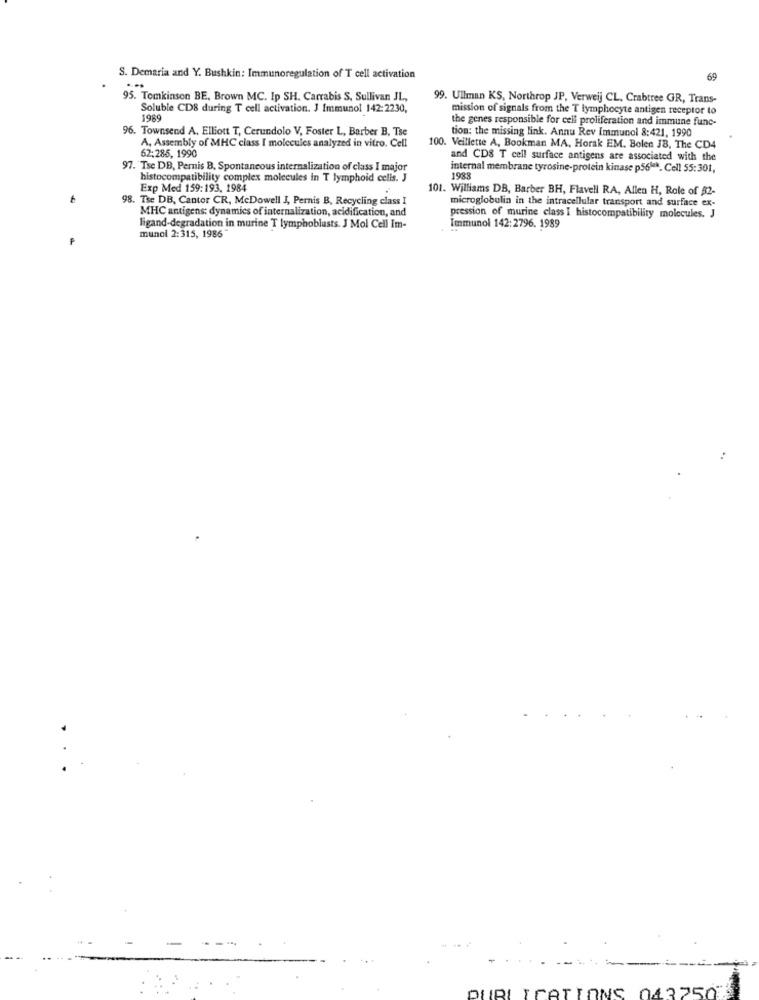
S. Demaria and Y. Bushkin: Immunoregulation of T cell activation
65
95. Tomkinson BE, Brown MC. Ip SH. Carrabis S, Sullivan JL,
99. Ullman KS, Northrop JP, Verweij CL, Crabtree GR, Trans-
Soluble CDS during T cell activation. J Immunol 142:2230,
mission of signals from the T lymphocyte antigen receptor to
1989
the genes responsible for cell proliferation and immune func-
96. Townsend A. Elliott T, Cerundolo V, Foster L, Barber B, Tse
tion: the missing link. Annu Rev Immunol 8:421, 1990
62;285, 1990
A, Assembly of MHC class I molecules analyzed in vitro. Cell
100. Veillette A, Bookman MA, Horak EM. Bolen JB, The CD4
and CDS T cell surface antigens are associated with the
97. Tse DB, Pernis B. Spontaneous internalization of class I major
internal membrane tyrosine-protein kinase p56 *. Cell 55:301,
histocompatibility complex molecules in T lymphoid cells. J
1988
Exp Med 159:193, 1984
101. Williams DB, Barber BH, Flavell RA, Allen H, Role of $2-
98. Tse DB, Cantor CR, McDowell I, Pernis B, Recycling class I
MHC antigens: dynamics of internalization, acidification, and
microglobulin in the intracellular transport and surface ex-
pression of murine class I histocompatibility molecules. J
ligand-degradation in murine T lymphoblusts. J Mol Cell Im-
Immunol 142:2796. 1989
munci 2:315, 1986"
PUBLICATIONS 0437503